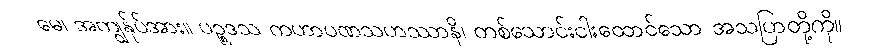
မေ၊ အကျွန်ုပ်အား။ ပဉ္စဒသ ကဟာပဏသဟဿာနိ၊ တစ်သောင်းငါးထောင်သော အသပြာတို့ကို။